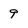
Character: 9